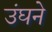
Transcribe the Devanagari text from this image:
उंघने